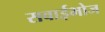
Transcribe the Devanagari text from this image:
सवाईभोज